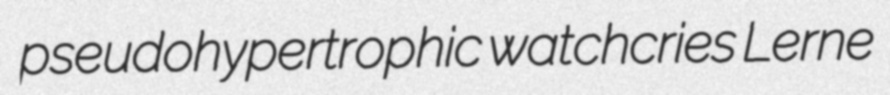
pseudohypertrophic watchcries Lerne